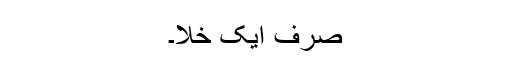
صرف ایک خلا۔